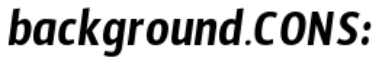
background.CONS: